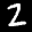
Label: 2